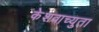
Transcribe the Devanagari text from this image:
केेशवाच्युता